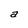
Character: a